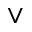
\vee